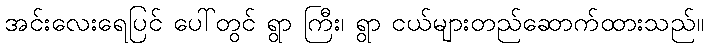
အင်းလေးရေပြင် ပေါ်တွင် ရွာ ကြီး၊ ရွာ ငယ်များတည်ဆောက်ထားသည်။